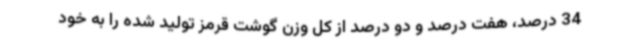
34 درصد، هفت درصد و دو درصد از کل وزن گوشت قرمز تولید شده را به خود